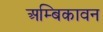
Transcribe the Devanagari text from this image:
अम्बिकावन